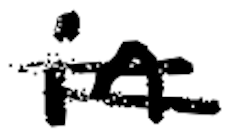
Text: in
Cross-out: double-line
Writing tool: digital_black